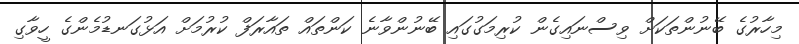
މިހާރުގެ ބޭނުންތަކަށް ވިސްނައިގެން ކުރިމަގުގައި ބޭނުންވާނެ ކަންތައް ތައާރަފް ކުރުމަށް އަޅުގަނޑުމެންގެ ހީވާގި